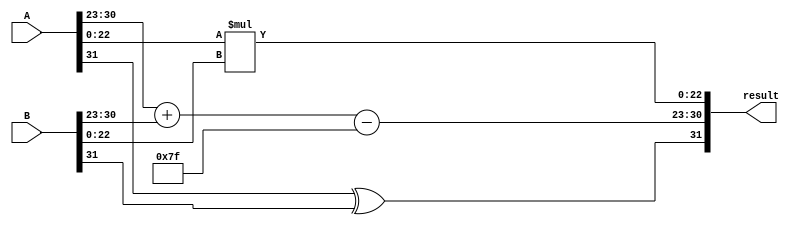
module radix2_fp_multiplier #(
    parameter E = 8, // Number of exponent bits
    parameter M = 23, // Number of fraction bits
    parameter BIAS = (1 << (E-1)) - 1 // Exponent bias
)(
    input wire [E + M:0] A, // Input A: 1 sign bit, E exponent bits, M fraction bits
    input wire [E + M:0] B, // Input B: 1 sign bit, E exponent bits, M fraction bits
    output reg [E + M:0] result // Output: 1 sign bit, E exponent bits, M fraction bits
);

    // Internal signals
    wire sign_a, sign_b;
    wire [E-1:0] exp_a, exp_b;
    wire [M-1:0] frac_a, frac_b;
    wire [E-1:0] exp_result;
    wire [2*M:0] mantissa_product;
    wire [E + M + 1:0] normalized_result;
    wire [E + M:0] rounded_result;

    // Extract sign, exponent, and fraction
    assign sign_a = A[E + M];
    assign sign_b = B[E + M];
    assign exp_a = A[E + M - 1:E + M - E];
    assign exp_b = B[E + M - 1:E + M - E];
    assign frac_a = {1'b1, A[M-1:0]}; // Implicit leading 1
    assign frac_b = {1'b1, B[M-1:0]}; // Implicit leading 1

    // Sign of the result
    wire sign_result = sign_a ^ sign_b;

    // Exponent calculation
    assign exp_result = exp_a + exp_b - BIAS;

    // Mantissa multiplication
    assign mantissa_product = frac_a * frac_b;

    // Normalization (assumed that mantissa_product is in the range [0, 2^M])
    assign normalized_result = {mantissa_product[M + 1], mantissa_product[M:0]};

    // Rounding (simple round toward zero)
    assign rounded_result = {sign_result, exp_result, normalized_result[M-1:0]};

    // Output result
    always @(*) begin
        result = {sign_result, exp_result, rounded_result[M-1:0]};
    end

endmodule